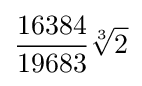
{\frac {16384}{19683}}{\sqrt[{3}]{2}}